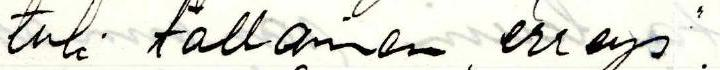
tuli tällainen ,,ereys".